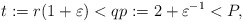
\begin{align*}t:=r(1+\varepsilon )<qp:=2+\varepsilon ^{-1}<P, \end{align*}